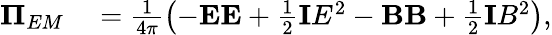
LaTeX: \begin{array}{rl}{\boldsymbol{\Pi}_{EM}}&{{}=\frac{1}{4\pi}\left(-\mathbf{E}\mathbf{E}+\frac{1}{2}\mathbf{I}E^{2}-\mathbf{B}\mathbf{B}+\frac{1}{2}\mathbf{I}B^{2}\right),}\end{array}